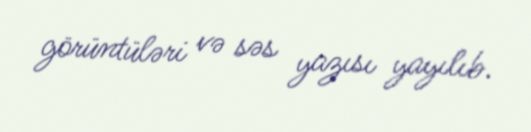
görüntüləri və səs yazısı yayılıb.